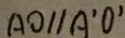
A O / / A ^ { \prime } O ^ { \prime }